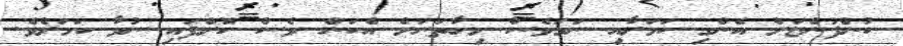
ކުންފުންޏަށް އެންގި ކަމަށާއި ނަމަވެސް މިހާތަނަށް އެކަން ވެސް ކޮށްފައި ނުވާ ކަމަށެވެ.